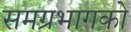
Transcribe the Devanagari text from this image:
समग्रभागको